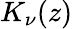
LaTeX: \textstyle K_{\nu}(z)